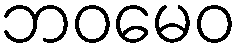
ဘဝမေဝ